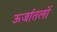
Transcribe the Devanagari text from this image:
ऊर्जातलों